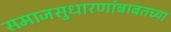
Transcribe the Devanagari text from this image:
समाजसुधारणांबाबतच्या